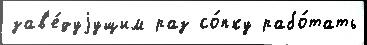
зав'е́дуjущим раз со́пку рабо́тать